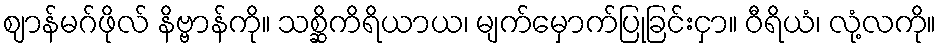
ဈာန်မဂ်ဖိုလ် နိဗ္ဗာန်ကို။ သစ္ဆိကိရိယာယ၊ မျက်မှောက်ပြုခြင်းငှာ။ ဝီရိယံ၊ လုံ့လကို။